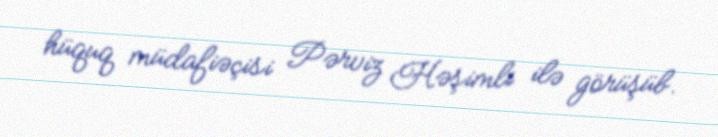
hüquq müdafiəçisi Pərviz Həşimli ilə görüşüb.